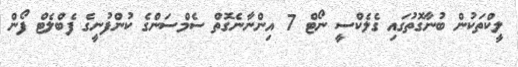
ލީކްތަކުން ބުނާގޮތުގައި ގެލެކްސީ ނޯޓް 7 އިންނާނެގޮތް ސެމްސަންގެ ކުންފުނީގެ ފެބްލެޓް ފޯން